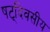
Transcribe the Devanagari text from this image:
षट्‌दिवसीय